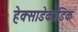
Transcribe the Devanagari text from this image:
हेक्साडेकाडिक